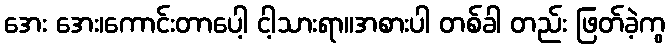
အေး အေး၊ကောင်းတာပေါ့ ငါ့သားရာ။အစားပါ တစ်ခါ တည်း ဖြတ်ခဲ့ကွ